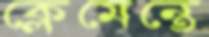
ক্লেমেন্তে